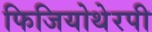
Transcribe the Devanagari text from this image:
फिजियोथेरपी